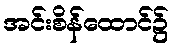
အင်းစိန်ထောင်၌